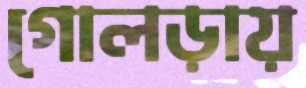
গোলড়ায়